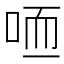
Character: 𠳍